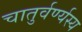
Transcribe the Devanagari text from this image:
चातुर्वर्ण्यस्य